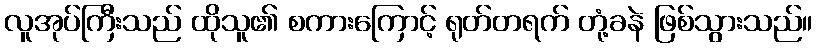
လူအုပ်ကြီးသည် ထိုသူ၏ စကားကြောင့် ရုတ်တရက် တုံ့ခနဲ ဖြစ်သွားသည်။